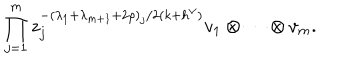
\prod _ { j = 1 } ^ { m } z _ { j } ^ { - ( \lambda _ { 1 } + \lambda _ { m + 1 } + 2 \rho ) _ { j } / 2 ( k + h ^ { \vee } ) } v _ { 1 } \otimes \cdots \otimes v _ { m } .